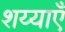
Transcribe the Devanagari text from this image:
शय्याएँ